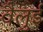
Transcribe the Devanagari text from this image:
वैलुई